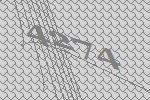
4274